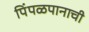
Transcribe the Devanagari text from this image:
पिंपळपानाची